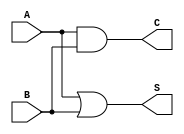
module Threshold_Half_Adder (
    input wire A,  // First binary input
    input wire B,  // Second binary input
    output wire S, // Sum output
    output wire C  // Carry output
);

// Logic for the sum output (S)
assign S = (A | B);  // S = 1 if at least one of A or B is 1

// Logic for the carry output (C)
assign C = A & B;    // C = 1 only if both A and B are 1

endmodule